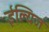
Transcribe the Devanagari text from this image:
ईल्यिज